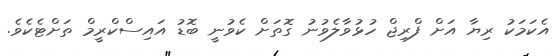
އެކަމަކު ރިޔާ އަށް ފްރިޖް ހުޅުވާލެވުނު ގޮތަށް ކެވުނީ ބޮޑު އައިސްކްރީމް ތަށްޓެކެވެ.